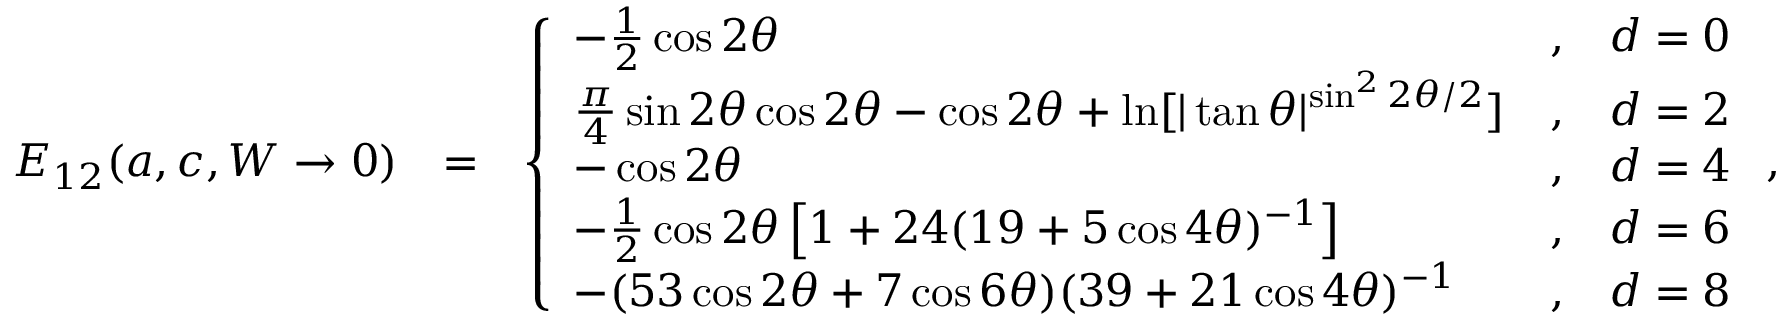
\begin{array} { r l r } { E _ { 1 2 } ( a , c , W \rightarrow 0 ) } & { = } & { \left\{ \begin{array} { l c l } { - \frac { 1 } { 2 } \cos 2 \theta } & { , } & { d = 0 } \\ { \frac { \pi } { 4 } \sin 2 \theta \cos 2 \theta - \cos 2 \theta + \ln [ | \tan \theta | ^ { \sin ^ { 2 } 2 \theta / 2 } ] } & { , } & { d = 2 } \\ { - \cos 2 \theta } & { , } & { d = 4 } \\ { - \frac { 1 } { 2 } \cos 2 \theta \left[ 1 + 2 4 ( 1 9 + 5 \cos 4 \theta ) ^ { - 1 } \right] } & { , } & { d = 6 } \\ { - ( 5 3 \cos 2 \theta + 7 \cos 6 \theta ) ( 3 9 + 2 1 \cos 4 \theta ) ^ { - 1 } } & { , } & { d = 8 } \end{array} \right. , } \end{array}